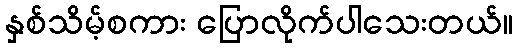
နှစ်သိမ့်စကား ပြောလိုက်ပါသေးတယ်။